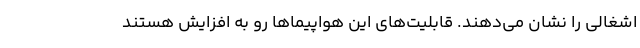
اشغالی را نشان می‌دهند. قابلیت‌های این هواپیماها رو به افزایش هستند